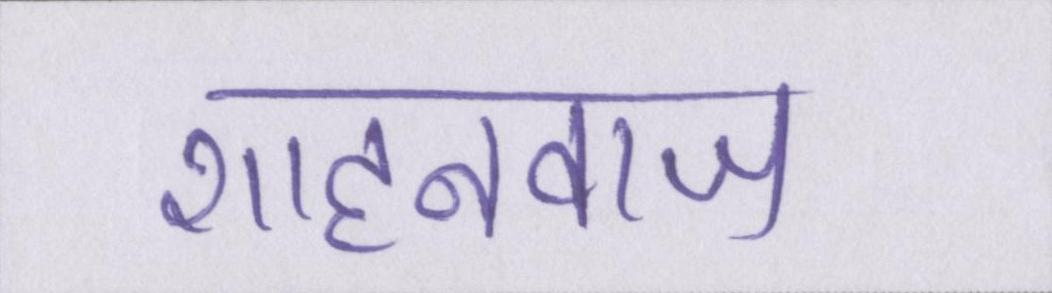
शाहनवाज